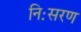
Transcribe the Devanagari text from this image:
निःसरण